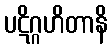
ပဋိဂ္ဂဟိတာနိ